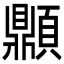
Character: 𩕢